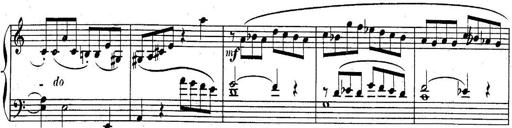
Title: Sonatina for Piano
Composer: BÃ©la BartÃ³k